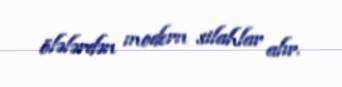
ölələrdən modern silahlar alır.